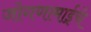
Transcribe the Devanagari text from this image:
जोगणामाईचे